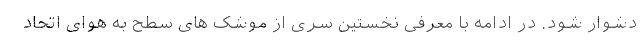
دشوار شود. در ادامه با معرفی نخستین سری از موشک های سطح به هوای اتحاد